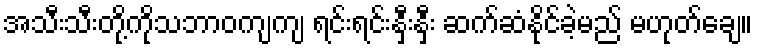
အသီးသီးတို့ကိုသဘာဝကျကျ ရင်းရင်းနှီးနှီး ဆက်ဆံနိုင်ခဲ့မည် မဟုတ်ချေ။